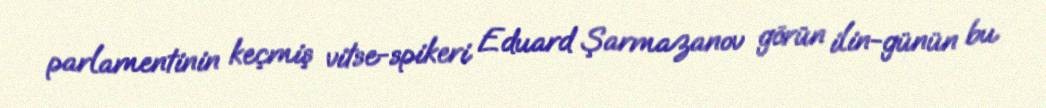
parlamentinin keçmiş vitse-spikeri Eduard Şarmazanov görün ilin-günün bu